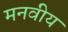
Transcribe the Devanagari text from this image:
मनवीय